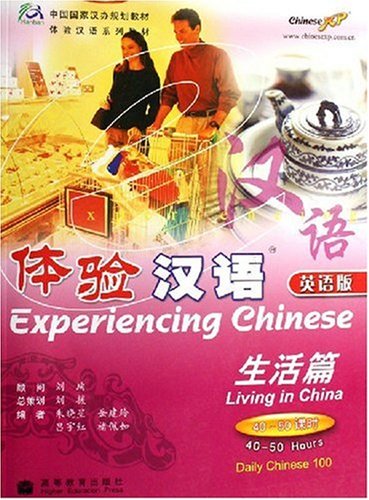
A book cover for Experiencing Chinese-Living in China (English and Chinese Edition); Zhu Xiaoxing; Travel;